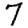
Digit: 7